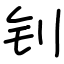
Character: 钊